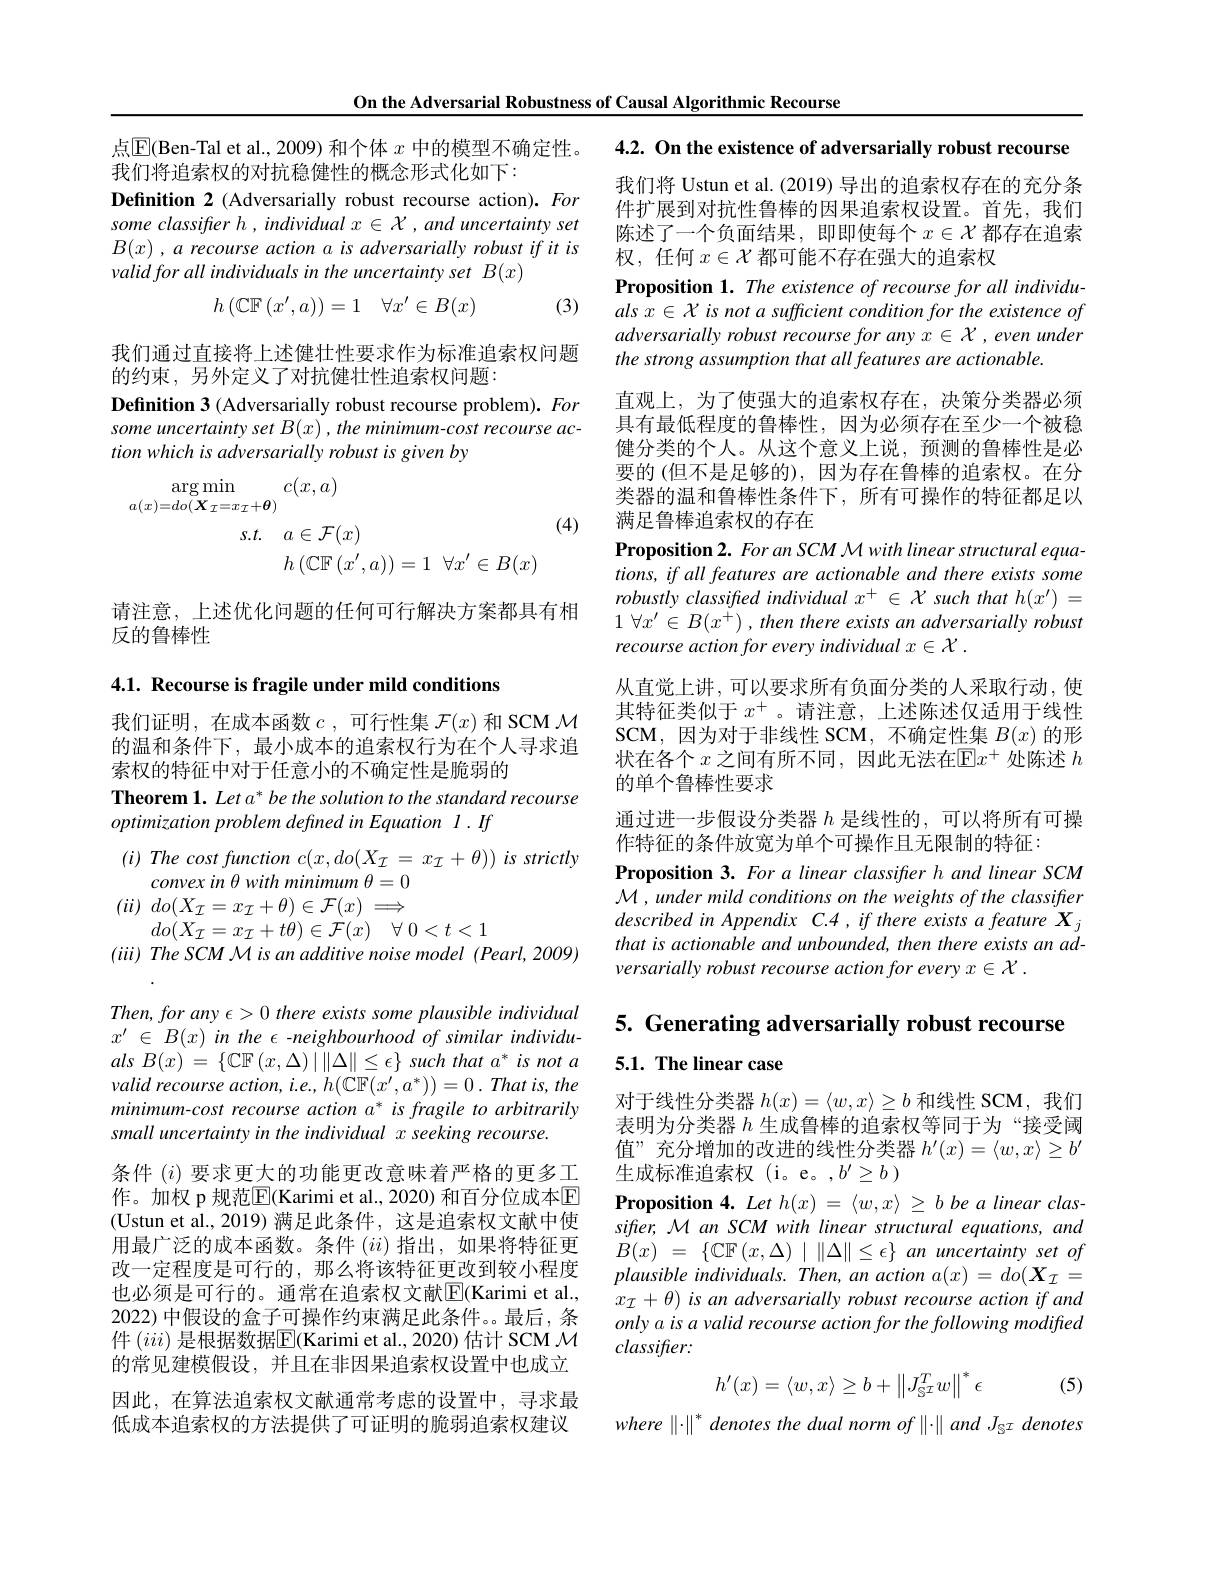
On the Adversarial Robustness of Causal Algorithmic Recourse

点$\mathbb{E}$(Ben-Tal et al., 2009) 和个体 $x$ 中的模型不确定性。4.2. On the existence of adversarially robust recourse
我们将追索权的对抗稳健性的概念形式化如下：

Definition 2 (Adversarially robust recourse action). For some classifter h , individual $x\in\mathcal{X}$ , and uncertainty set $B( x) , a\textit{recourse action a is adversarially robust if it is}$ valid for all individuals in the uncertainty set B(x)
$$h\left(\mathbb{CF}\left(x',a\right)\right)=1\quad\forall x'\in B(x)$$
(3)

我们通过直接将上述健壮性要求作为标准追索权问题
的约束，另外定义了对抗健壮性追索权问题：

Definition 3 (Adversarially robust recourse problem). For some uncertainty set $B(x),the$ minimum-cost recourse action which is adversarially robust is given by
$$\begin{aligned}\arg\operatorname*{min}_{a(x)=do(\boldsymbol{X}_{\mathcal{I}}=x_{\mathcal{I}}+\boldsymbol{\theta})}&c(x,a)\\s.t.&a\in\mathcal{F}(x)\\&h\:(\mathbb{CF}(x^{\prime},a))=1\:\forall x^{\prime}\in B(x)\end{aligned}$$
(4)

请注意，上述优化问题的任何可行解决方案都具有相
反的鲁棒性

4.1. Recourse is fragile under mild conditions

我们证明，在成本函数$c$,可行性集 $\mathcal{F}(x)$ 和 SCM $\mathcal{M}$ 的温和条件下，最小成本的追索权行为在个人寻求追索权的特征中对于任意小的不确定性是脆弱的

Theorem 1. Let a* be the solution to the standard recourse
optimization problem defined in Equation 1. If
$( i) \textit{The cost function c}( x, do( X_{\mathcal{I} }= x_{\mathcal{I} }+ \theta ) ) \textit{ is strictly}$
convex in $\theta$ with minimum $\theta=0$
$( ii)$ $do( X_{\mathcal{I} }= x_{\mathcal{I} }+ \theta ) \in \mathcal{F} ( x) \Longrightarrow $
$do( X_{\mathcal{I} }= x_{\mathcal{I} }+ t\theta ) \in \mathcal{F} ( x)$ $\forall$ $0< t< 1$
$( iii) \textit{ The SCM M is an additive noise model ( Pearl, 2009) }$ Then, for any $\epsilon>0$ there exists some plausible individual $x^{\prime }$ $\in$ $B( x)$ $in$ the $\epsilon$ $- neighbourhood$ $of$ similar $individu-$ als $B( x)$ = $\{ \mathbb{CF}\left ( x, \Delta \right ) | \| \Delta \| \leq \epsilon \}$ such that $a^{* }$ $is$ not $a$ valid recourse $action$, $i. e. $, $h( \mathbb{C} \mathbb{F} ( x^{\prime }, a^{* }) ) = 0$ . That $is$, the minimum-cost recourse action a* is fragile to arbitrarily small uncertainty in the individual x seeking recourse.
条件$(i)$要求更大的功能更改意味着严格的更多工作。加权 p 规范$\boxed{\mathrm{E}}$(Karimi et al., 2020) 和百分位成本$\color{red}{\mathrm{E}}$ (Ustun et al.,2019) 满足此条件，这是追索权文献中使用最广泛的成本函数。条件$(ii)$指出，如果将特征更改一定程度是可行的，那么将该特征更改到较小程度也必须是可行的。通常在追索权文献$\overline{\mathrm{E}}($Karimi et al., 2022) 中假设的盒子可操作约束满足此条件。最后，条件 $(iii)$ 是根据数据$\overline\mathbb{E}($Karimi et al., 2020) 估计 SCM $\mathcal{M}$ 的常见建模假设，并且在非因果追索权设置中也成立因此，在算法追索权文献通常考虑的设置中，寻求最低成本追索权的方法提供了可证明的脆弱追索权建议

我们将 Ustun et al. (2019) 导出的追索权存在的充分条件扩展到对抗性鲁棒的因果追索权设置。首先，我们陈述了一个负面结果，即即使每个$x\in\mathcal{X}$都存在追索权，任何$x\in\mathcal{X}$都可能不存在强大的追索权

Proposition 1. The existence of recourse for all individuals $x\in\mathcal{X}$ is not a sufficient condition for the existence of adversarially robust recourse for any $x\in\mathcal{X},even$ under the strong assumption that all features are actionable.

直观上，为了使强大的追索权存在，决策分类器必须具有最低程度的鲁棒性，因为必须存在至少一个被稳健分类的个人。从这个意义上说，预测的鲁棒性是必要的 (但不是足够的),因为存在鲁棒的追索权。在分类器的温和鲁棒性条件下，所有可操作的特征都足以满足鲁棒追索权的存在

Proposition 2. For an SCM M with linear structural equations, if all features are actionable and there exists some robustly classified individual $x^+\in\mathcal{X}$ such that h$(x^\prime)=$ 1 $\forall x^{\prime }\in B( x^{+ })$ , then there exists $an$ adversarially robust recourse action for every individual $x\in \mathcal{X}$ .
从直觉上讲，可以要求所有负面分类的人采取行动，使其特征类似于$x^+$。请注意，上述陈述仅适用于线性SCM,因为对于非线性 SCM,不确定性集$B(x)$的形状在各个$x$之间有所不同，因此无法在$\mathbb{E}x^+$处陈述$h$ 的单个鲁棒性要求
通过进一步假设分类器$h$是线性的，可以将所有可操
作特征的条件放宽为单个可操作且无限制的特征：
Proposition 3. For a linear classifer h and linear SCM M , under mild conditions on the weights of the classifier describedinAppendix $C. 4, ifthere$ exists a feature $X_j$ that is actionable and unbounded, then there exists an adversarially robust recourse action for every $x\in \mathcal{X}$ .

5. Generating adversarially robust recourse
## 5.1. The linear case

对于线性分类器$h(x)=\langle w,x\rangle\geq b$和线性 SCM,我们表明为分类器$h$生成鲁棒的追索权等同于为“接受阈值”充分增加的改进的线性分类器$h^\prime(x)=\langle w,x\rangle\geq b^{\prime}$ 生成标准追索权(i。e。,$b^\prime\geq b)$
Proposition $4.Leth(x)=\langle w,x\rangle\geq bbealinearclas-$ sifter, M an SCM with linear structural equations, and $B( x)$ = $\{ \mathbb{CF}( x, \Delta )$ | $\| \Delta \| \leq \epsilon \}$ $an$ uncertainty set $of$ plausible individuals. Then, an action $a(x)=do(\boldsymbol{X}_{\mathcal{I}}=$ $x_{\mathcal{I} }+ \theta ) \textit{is an adversarially robust recourse action if and}$ only a is a valid recourse action for the following modiffed $classifier:$
$$h'(x)=\langle w,x\rangle\geq b+\left\|J_{\mathbb{S}^{T}}^{T}w\right\|^{*}\epsilon $$
(5)

$where\parallel\cdot\parallel^{*}$ denotes the dual norm of $\parallel\cdot\parallel andJ_{\mathrm{S}}\tau$ denotes